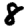
Digit: 8